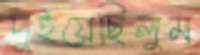
দুইয়েছিলুম